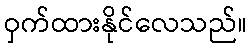
ဝှက်ထားနိုင်လေသည်။